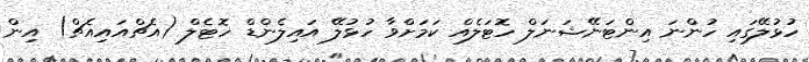
ހުޅުލޭގައި ހުންނަ އިންޓަނޭޝަނަލް ހޮޓަލެއް ކަމަށްވާ ހުޅުލޭ އައިލެންޑް ހޮޓެލް (އެޗްއައިއެޗް) އިން